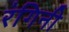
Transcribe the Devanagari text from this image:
रंगिनी